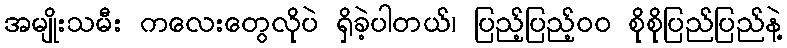
အမျိုးသမီး ကလေးတွေလိုပဲ ရှိခဲ့ပါတယ်၊ ပြည့်ပြည့်၀၀ စိုစိုပြည်ပြည်နဲ့